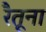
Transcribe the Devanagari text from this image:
रैतूना